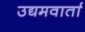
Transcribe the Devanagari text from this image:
उद्यमवार्ता